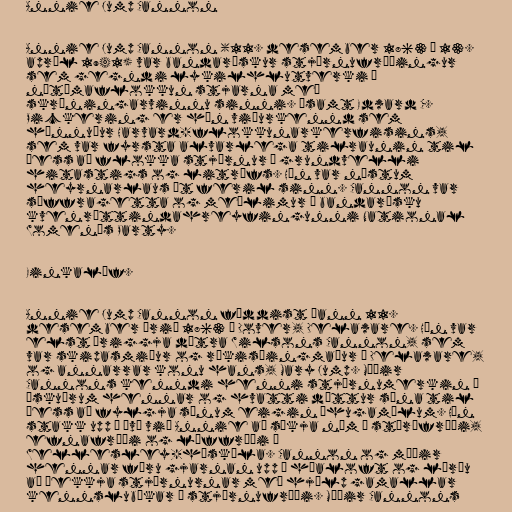
Annie Jump Cannon

Annie Jump Cannon (11. desember 1863 – 13.
apríl 1941) var bandarískur stjörnufræðingur
sem gegndi lykilhlutverki í
nútímaflokkun stjarna með
skráningarvinnu sinni. Ásamt Edward C.
Pickering er hún viðurkennd sem
hönnuður Harvard-flokkunarkerfisins,
sem var fyrsta alvarlega tilraunin til
þess að flokka stjörnur á grundvelli
hitastigs og litrófs. Hún var næstum
heyrnarlaus út feril sinn. Cannon var
súffragetta og meðlimur í bandarísku
kvenréttindahreyfingunni National
Women's Party.

Einkalíf.

Annie Jump Cannon fæddist þann 11.
desember árið 1863 í Dover, Delaware. Hún var
elst þriggja dætra Wilsons Cannon, sem
var skipasmiður og ríkisþingmaður í Delaware,
og annarrar konu hans, Mary Jump. Móðir
Cannons kenndi henni stjörnumerkin á
æskuárum hennar og hvatti dóttur sína til
þess að fylgja sínum eigin áhugamálum. Hún
stakk upp á því við Annie að sækja nám í stærðfræði,
efnafræði og líffræði í
Wellesley-háskóla. Cannon og móðir
hennar fóru gjarnan upp á háaloft og lærðu
að þekkja stjörnurnar með hjálp gamallar
kennslubókar í stjörnufræði. Móðir Cannons